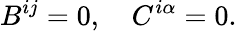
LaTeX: B^{ij}=0,\quad C^{i\alpha}=0.